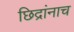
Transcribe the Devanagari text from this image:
छिद्रांनाच